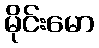
မိုင်းမော